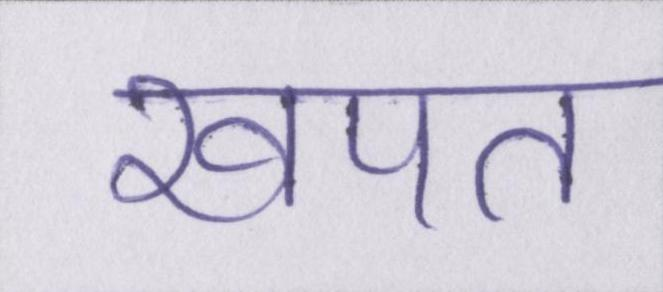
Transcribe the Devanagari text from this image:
खपत